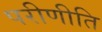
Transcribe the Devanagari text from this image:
परीणीति